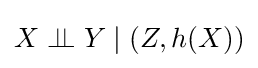
X\perp \!\!\!\perp Y\mid (Z,h(X))